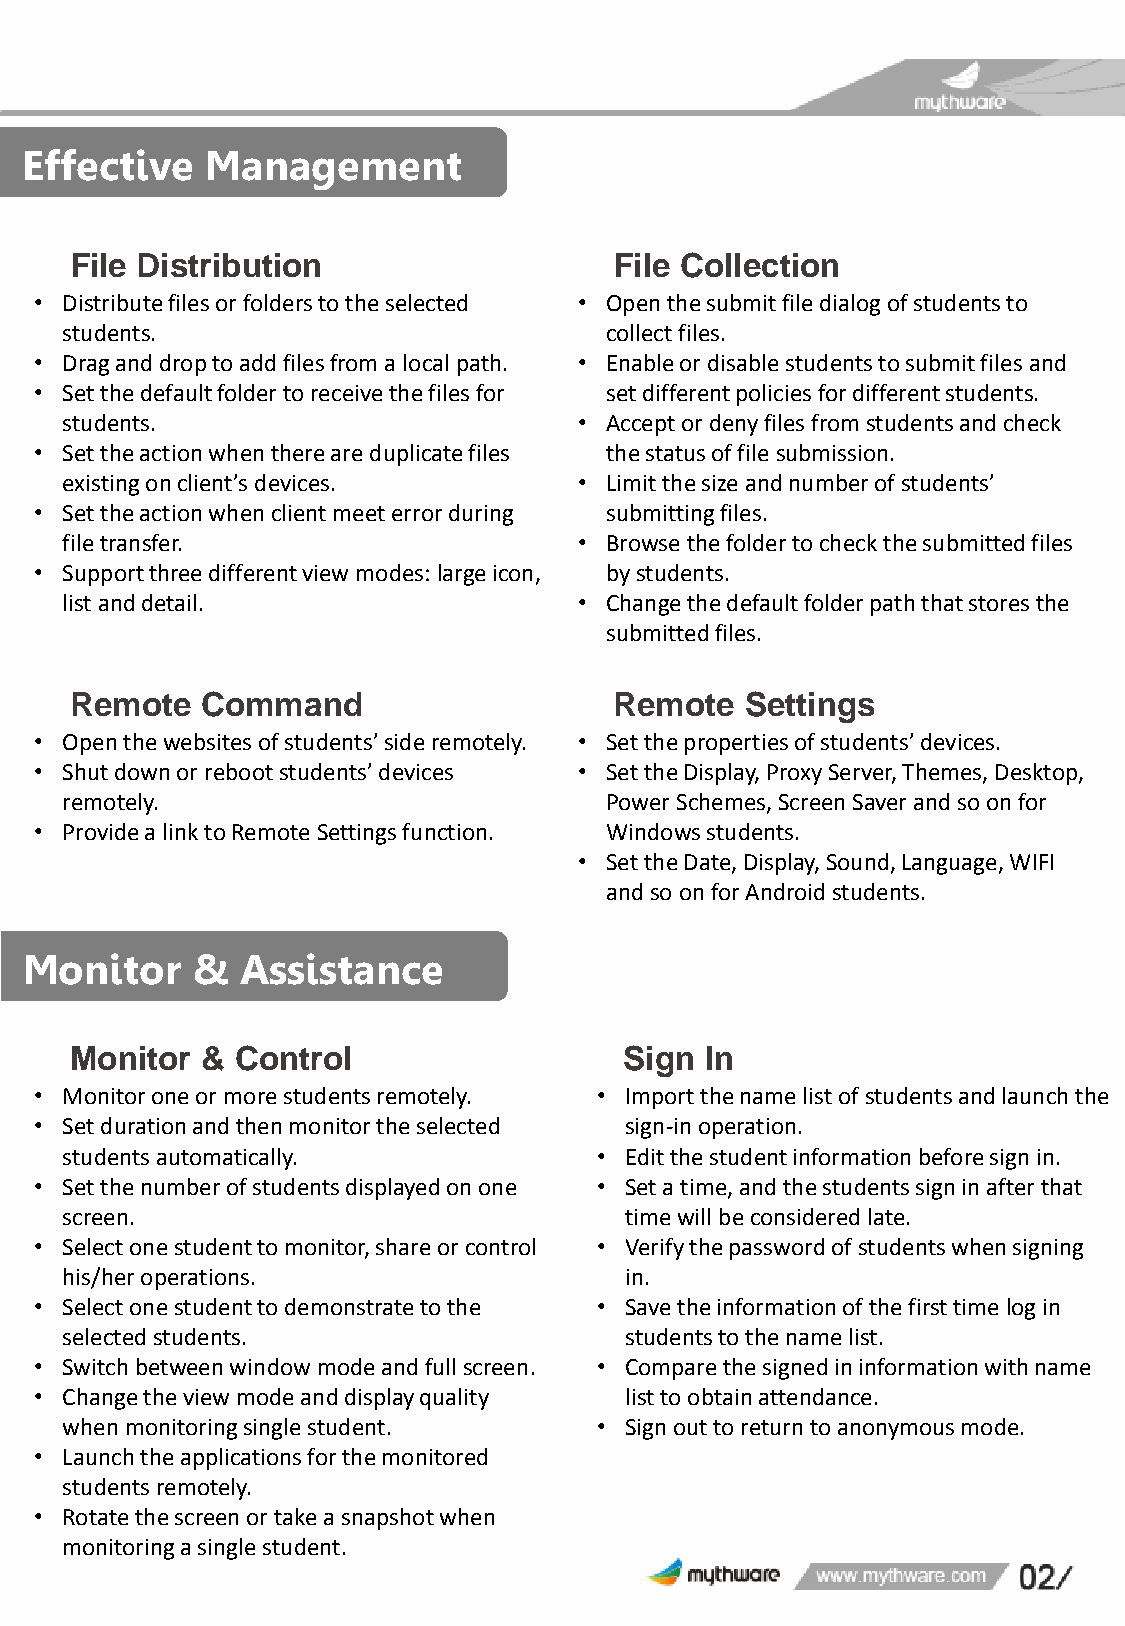
Effective    Management
 File Distribution                   File Collection
 • Distribute files or folders to the selected • Open the submit file dialog of students to
 students.                           collect files.
 • Drag and drop to add files from a local path. • Enable or disable students to submit files and
 • Set the default folder to receive the files for set different policies for different students.
 students.                         • Accept or deny files from students and check
 • Set the action when there are duplicate files the status of file submission.
 existing on client’s devices.     • Limit the size and number of students’
 • Set the action when client meet error during submitting files.
 file transfer.                    • Browse the folder to check the submitted files
 • Support three different view modes: large icon, by students.
 list and detail.                  • Change the default folder path that stores the
 submitted files.
 Remote  Command                     Remote  Settings
 • Open the websites of students’ side remotely. • Set the properties of students’ devices.
 • Shut down or reboot students’ devices • Set the Display, Proxy Server, Themes, Desktop,
 remotely.                           Power Schemes, Screen Saver and so on for
 • Provide a link to Remote Settings function. Windows students.
 • Set the Date, Display, Sound, Language, WIFI
 and so on for Android students.
 Monitor    &  Assistance
 Monitor &  Control                  Sign  In
 • Monitor one or more students remotely. • Import the name list of students and launch the
 • Set duration and then monitor the selected sign-in operation.
 students automatically.             • Edit the student information before sign in.
 • Set the number of students displayed on one • Set a time, and the students sign in after that
 screen.                              time will be considered late.
 • Select one student to monitor, share or control • Verify the password of students when signing
 his/her operations.                  in.
 • Select one student to demonstrate to the • Save the information of the first time log in
 selected students.                   students to the name list.
 • Switch between window mode and full screen. • Compare the signed in information with name
 • Change the view mode and display quality list to obtain attendance.
 when monitoring single student.     • Sign out to return to anonymous mode.
 • Launch the applications for the monitored
 students remotely.
 • Rotate the screen or take a snapshot when
 monitoring a single student.